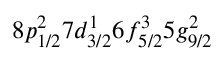
8 p _ { 1 / 2 } ^ { 2 } 7 d _ { 3 / 2 } ^ { 1 } 6 f _ { 5 / 2 } ^ { 3 } 5 g _ { 9 / 2 } ^ { 2 }